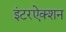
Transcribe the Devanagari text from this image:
इंटरऐक्शन